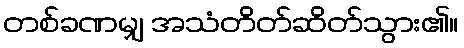
တစ်ခဏမျှ အသံတိတ်ဆိတ်သွား၏။